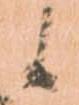
候